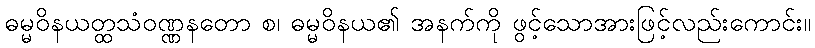
ဓမ္မဝိနယတ္ထသံဝဏ္ဏနတော စ၊ ဓမ္မဝိနယ၏ အနက်ကို ဖွင့်သောအားဖြင့်လည်းကောင်း။